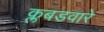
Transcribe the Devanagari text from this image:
क्लबडवारे